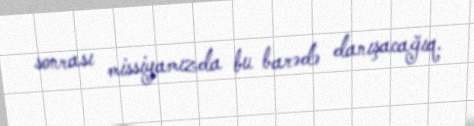
sonrası missiyamızda bu barədə danışacağıq.